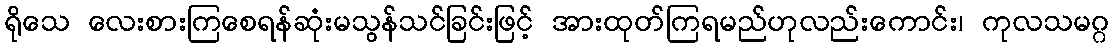
ရိုသေ လေးစားကြစေရန်ဆုံးမသွန်သင်ခြင်းဖြင့် အားထုတ်ကြရမည်ဟုလည်းကောင်း၊ ကုလသမဂ္ဂ